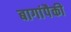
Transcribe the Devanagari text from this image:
बागांपैकी